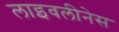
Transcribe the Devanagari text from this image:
लाइवलीनेस